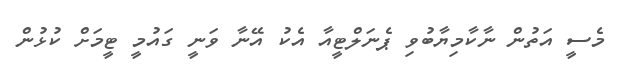
މެސީ އަތުން ނާކާމިޔާބުވި ޕެނަލްޓީއާ އެކު އޭނާ ވަނީ ގައުމީ ޓީމަށް ކުޅުން